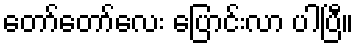
တော်တော်လေး ပြောင်းလာ ပါပြီ။